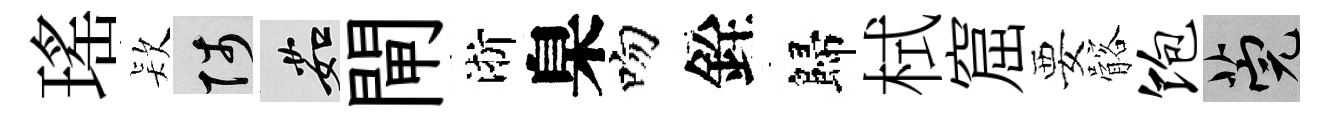
瑤𣣇陟茹閘淅臬吻銓歸栻窟要髂饱筦